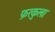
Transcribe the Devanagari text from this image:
फ़रकुला